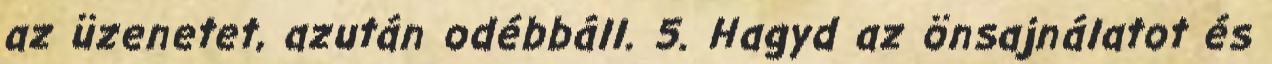
az üzenetet, azután odébbáll. 5. Hagyd az önsajnálatot és